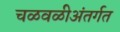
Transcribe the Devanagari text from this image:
चळवळीअंतर्गत